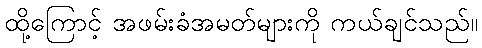
ထို့ကြောင့် အဖမ်းခံအမတ်များကို ကယ်ချင်သည်။